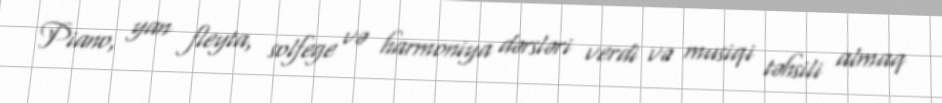
Piano, yan fleyta, solfege və harmoniya dərsləri verdi və musiqi təhsili almaq